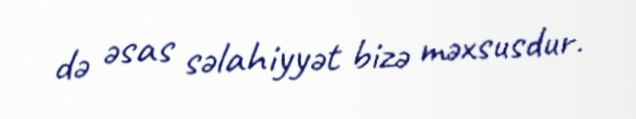
də əsas səlahiyyət bizə məxsusdur.